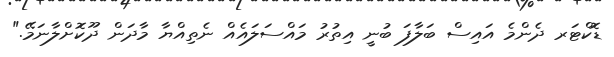
ޑޮކްޓަރ ދެންމެ އައިސް ބަލާފަ ބުނީ އިތުރު މައްސަލައެއް ނެތިއްޔާ މާދަން ދޫކޮށްލާނަމޭ."